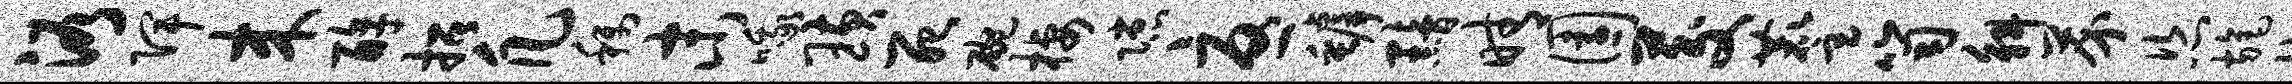
浴陴来醇招凡称末哦璜死碗栖隙忧罅黯晴园茭麈笥斛芥恣旄拭